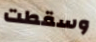
وسقطت